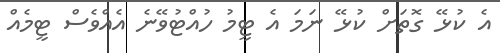
އެ ކުޅޭ ގޮތަށް ކުޅޭ ނަމަ އެ ޓީމު ހުއްޓުވޭނެ އެއްވެސް ޓީމެއް